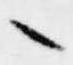
々